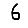
Digit: 6